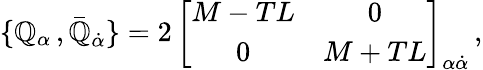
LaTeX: \{ \mathbb{Q}_{\alpha}\, ,\bar{{\mathbb{Q}}}_{\dot{{\alpha}}}\} =2\, \left[\begin{array}{cc}{{M-TL}}&{{0}}\\ {{0}}&{{M+TL}}\end{array}\right]_{\alpha\dot{{\alpha}}}\, ,